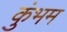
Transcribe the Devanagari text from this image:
कुंभम